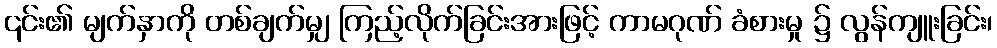
၎င်း၏ မျက်နှာကို တစ်ချက်မျှ ကြည့်လိုက်ခြင်းအားဖြင့် ကာမဂုဏ် ခံစားမှု ၌ လွန်ကျူးခြင်း၊